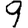
Digit: 9